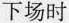
下场时